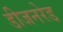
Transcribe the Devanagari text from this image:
डीजनरेड